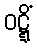
ဝဋ္ဋိံ